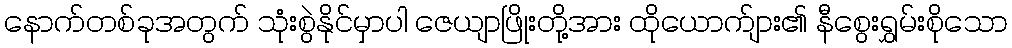
နောက်တစ်ခုအတွက် သုံးစွဲနိုင်မှာပါ ဇေယျာဖြိုးတို့အား ထိုယောက်ျား၏ နီစွေးရွှမ်းစိုသော